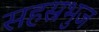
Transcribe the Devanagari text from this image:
सहस्रभुज